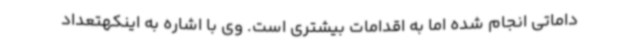
داماتی انجام شده اما به اقدامات بیشتری است. وی با اشاره به اینکهتعداد